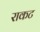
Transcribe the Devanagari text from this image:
राकट